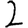
Digit: 2